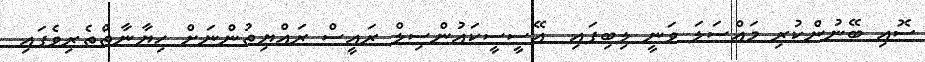
ސޮއި ބޭނުންކުރި މައްސަލަ ވަނީ ލިބިފައި  އޭސީސީކައުންސިލް ރައީސް ރައްޔިތުންނަށް ހިޔާނާތްތެރިވެފައި